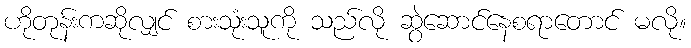
ဟိုတုန်းကဆိုလျှင် စားသုံးသူကို သည်လို ဆွဲဆောင်နေစရာတောင် မလို။